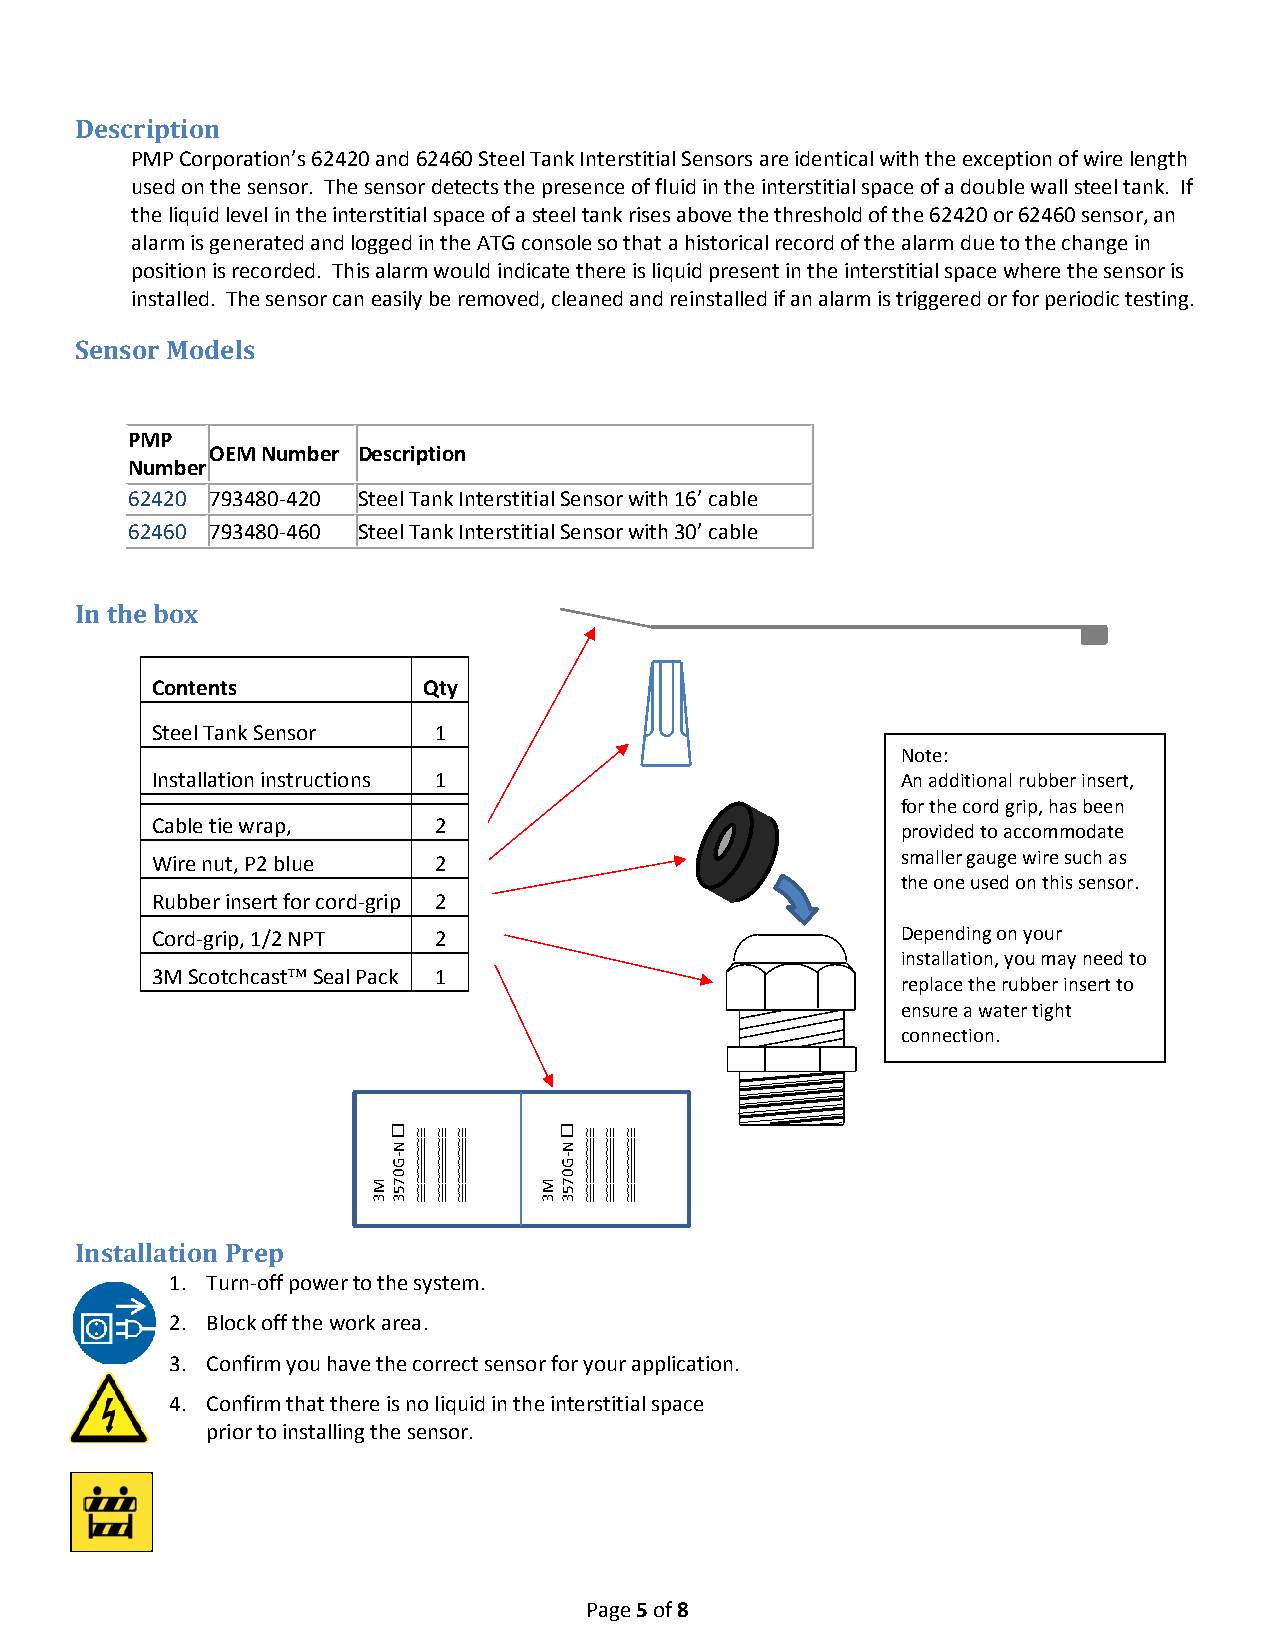
Description
 PMP Corporation’s 62420 and 62460 Steel Tank Interstitial Sensors are identical with the exception of wire length
 used on the sensor. The sensor detects the presence of fluid in the interstitial space of a double wall steel tank. If
 the liquid level in the interstitial space of a steel tank rises above the threshold of the 62420 or 62460 sensor, an
 alarm is generated and logged in the ATG console so that a historical record of the alarm due to the change in
 position is recorded. This alarm would indicate there is liquid present in the interstitial space where the sensor is
 installed. The sensor can easily be removed, cleaned and reinstalled if an alarm is triggered or for periodic testing.
 Sensor Models
 PMP
 OEM Number Description
 Number
 62420 793480-420 Steel Tank Interstitial Sensor with 16’ cable
 62460 793480-460 Steel Tank Interstitial Sensor with 30’ cable
 In the box
 Contents          Qty
 Steel Tank Sensor  1
 Note:
 Installation instructions 1                       An additional rubber insert,
 for the cord grip, has been
 Cable tie wrap,    2
 provided to accommodate
 Wire nut, P2 blue  2                              smaller gauge wire such as
 the one used on this sensor.
 Rubber insert for cord-grip 2
 Cord-grip, 1/2 NPT 2                              Depending on your
 installation, you may need to
 3M Scotchcast Seal Pack 1
 replace the rubber insert to
 ensure a water tight
 connection.
           
 G
 N -  
 G
 N -  
 M
 0
 7
 5  
 M
 0
 7
 5  
 33      33
 Installation Prep
 1. Turn-off power to the system.
 2. Block off the work area.
 3. Confirm you have the correct sensor for your application.
 4. Confirm that there is no liquid in the interstitial space
 prior to installing the sensor.
 Page 5 of 8